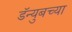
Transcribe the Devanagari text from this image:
डॅन्युबच्या